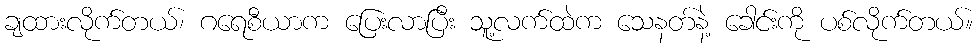
ချထားလိုက်တယ်၊ ဂရေစီယာက ပြေးလာပြီး သူ့လက်ထဲက သေနတ်နဲ့ ခေါင်းကို ပစ်လိုက်တယ်။